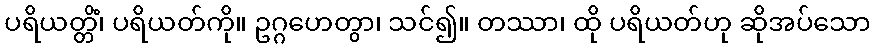
ပရိယတ္တိံ၊ ပရိယတ်ကို။ ဥဂ္ဂဟေတွာ၊ သင်၍။ တဿာ၊ ထို ပရိယတ်ဟု ဆိုအပ်သော